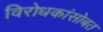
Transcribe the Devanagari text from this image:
विरोधकांसोबत